Annual statistical returns and brief notes on vaccination in Bengal - 1896-1909
Year: 1896
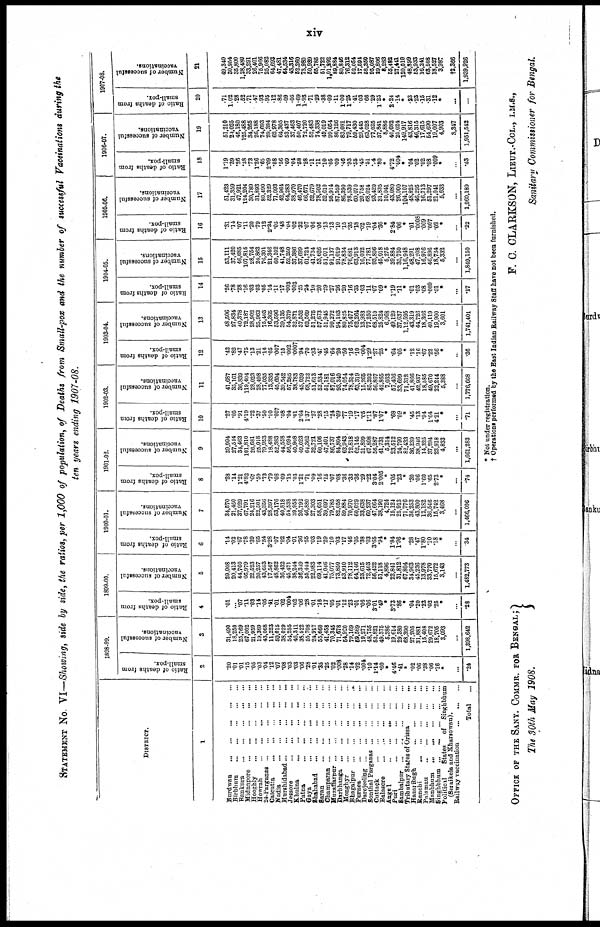
xiv
STATEMENT No. VI—Showing, side by side, the ratios, per 1,000 of population, of Deaths from Small-pox and the number of successful Vaccinations during the
ten years ending 1907-08.
DISTRICT.
1
Burdwan...
...
...
...
...
Birbhum...
...
...
...
...
Bankura...
...
...
...
...
Midnapore...
...
...
...
...
Hooghly...
...
...
...
...
Howrah...
...
...
...
...
24-Parganas...
...
...
...
...
Calcutta...
...
...
...
...
Nadia...
...
...
...
...
Murshidabad...
...
...
...
...
Jessore...
...
...
...
...
Khulna...
...
...
...
...
Patna...
...
...
...
...
Gaya...
...
...
...
...
Shahabad...
...
...
...
...
Saran...
...
...
...
...
Champaran... ... ... ... ...
Muzaffarpur...
...
...
...
...
Darbhanga...
...
...
...
...
Monghyr...
...
...
...
...
Bhagalpur...
...
...
...
...
Purnea...
...
...
...
...
Darejeeling...
...
...
...
...
Sonthal Parganas... ... ... ... ...
Cuttack...
...
...
...
...
Balasore...
...
...
...
...
Angel...
...
...
...
...
Puri...
...
...
...
...
Sambalpur...
...
...
...
...
Tributary States of Orissa... ...
Hazaribagh...
...
...
...
...
Ranchi...
...
...
...
...
Palamau...
...
...
...
...
Manbhum...
...
...
...
...
Singhbhum...
...
...
...
...
Political
States
of Singhbhum
(Seraikela and Kharsowan).
Railway vaccination... ... ... ... ...
Total...
1898-99.
Ratio of deaths from
small-pox.
2
.20
.01
.01
.15
.06
.03
.04
.12
.07
.08
.03
.08
.00
.28
.01
.35
.25
.02
.008
.28
.14
.02
.004
.10
1.14
.60
*
4.46
.41
*
.02
.06
.38
.06
.16
*
...
.24
Number of successful
vaccinations.
3
31,490
18,250
25,769
67,002
21,959
19,369
43,068
11,223
50,016
38,029
54,255
46,311
38,522
55,708
24,917
55,660
41,458
70,345
71,678
64,920
79,169
59,569
19,271
48,755
53,821
49,375
5,386
19,614
29,380
68,390
27,205
31,881
15,408
29,672
18,705
3,093
...
1,398,642
1899-00.
Ratio of deaths from
small-pox.
4
.01
... .07
.11
.03
.14
.05
.41
.01
.02
.004
.02
.02
.28
.01
.16
.17
.05
.01
.12
.23
.01
.06
.06
3.01
.49
*
3.73
.86
*
.04
.20
.23
.02
.25
*
...
.28
Number of successful
vaccinations.
5
29,908
20,413
44,760
66,979
22,523
20,257
43,653
17,567
48,862
36,432
46,471
38,244
36,349
55,444
22,983
69,114
41,046
75,077
73,850
53,910
78,112
64,146
23,615
72,403
56,422
51,118
4,896
22,841
31,812
67,804
34,963
45,236
13,978
33,770
15,672
3,143
...
1,482,773
1900-01.
Ratio of deaths from
small-pox.
6
.14
.02
.67
.78
.39
.65
.34
3.28
.07
.02
.04
.01
.36
.55
.03
.19
.29
.10
.03
.17
.46
.05
.38
.03
3.65
.94
*
1.84
1.96
*
.28
.47
1.80
.10
.18
*
...
34
Number of successful
vaccinations.
7
34,570
21,450
37,929
67,791
24,216
22,501
43,356
28,397
53,176
40,818
54,538
39,958
26,792
46,880
27,303
58,651
39,697
79,785
82,058
59,884
70,970
60,029
33,638
60,237
47,664
38,190
4,724
16,124
25,913
71,776
36,253
43,800
12,182
36,546
15,742
3,468
...
1,466,006
1901-02.
Ratio of deaths from
small-pox.
8
.28
.14
1.21
4.82
.67
.59
.73
.79
.08
.09
.15
.03
1.21
.71
.09
.16
.15
.07
.08
.36
.33
.36
.29
.22
3.04
2.005
*
1.05
.23
*
.30
.06
1.60
.65
2.73
*
...
.74
Number of successful
vaccinations.
9
39,994
27,514
34,463
101,810
26,681
25,018
79,953
18,488
52,383
44,558
56,094
40,908
49,023
64,362
32,721
60,106
47,401
86,737
84,804
63,943
72,818
62,145
31,899
67,808
56,287
41,731
5,314
23,512
24,790
82,433
36,239
38,946
14,326
37,294
23,918
4,833
...
1,661,283
1902-03.
Ratio of deaths from
small-pox.
10
.27
.05
.91
4.19
.22
.37
.50
.10
.007
.08
.04
.01
2.64
1.37
.27
.28
.15
.24
.09
.77
.19
.17
.05
1.11
.87
1.07
*
.68
.09
*
.45
.13
.94
1.64
4.21
*
...
.71
Number of successful
vaccinations.
11
41,687
35,161
36,839
119,404
28,023
28,498
77,035
13,335
45,604
39,542
57,285
38,783
45,039
68,722
51,613
52,534
51,181
87,016
93,340
74,054
78,314
63,319
15,266
85,203
56,867
42,865
7,033
57,406
33,699
71,312
41,866
42,937
18,585
49,670
22,244
5,388
...
1,776,668
1903-04.
Ratio of deaths from
small-pox.
12
.42
.82
.47
.75
.13
.21
.16
.05
.007
.15
.002
.0007
.94
.70
.33
.47
.45
.64
.20
.50
.16
.10
.004
1.29
.27
.25
*
.64
.05
*
.12
.16
.67
.22
.56
*
..
.36
Number of successful
vaccinations.
13
48,506
27,834
40,378
72,187
28,902
25,963
75,403
16,365
53,596
39,135
54,379
32,871
37,552
62,569
51,275
57,673
51,945
90,272
94,103
80,825
75,477
62,264
13,983
77,250
68,510
25,824
6,968
49,129
37,637
1,12,595
43,319
44,726
18,366
40,119
19,900
3,601
...
1,741,401
1904-05.
Ratio of deaths from
small-pox.
14
.26
.78
.28
.16
.03
.03
.05
.14
.11
.17
.003
.003
.25
.24
.10
.20
.29
.27
.26
.20
.16
.35
.03
.11
.07
.09
*
1.19
.11
*
.01
.03
.08
.009
.01
*
...
.17
Number of successful
vaccinations.
15
53,111
37,420
46,685
107,815
28,754
24,863
76,301
21,346
60,102
41,748
52,250
37,386
37,699
61,724
41,734
53,626
51,071
91,137
91,019
78,834
76,681
63,913
16,032
77,781
93,806
45,018
5,275
39,884
35,750
1,16,948
48,291
47,208
16,976
46,896
18,734
5,332
...
1,849,150
1905-06.
Ratio of deaths from
small-pox.
16
.31
.14
.07
.11
.20
.79
.12
2.34
.05
.48
.04
.02
.32
.07
.06
.06
.13
.13
.10
.15
.35
.18
.02
.19
.04
.36
*
2.84
.06
*
.01
.0008
.009
.007
.02
*
...
.22
Number of successful
vaccinations.
17
51,423
31,359
47,921
124,204
30,789
31,893
80,490
52,329
71,093
42,964
64,283
38,970
46,470
66,671
52,679
78,502
52,610
95,914
87,559
86,390
78,539
60,070
20,758
68,024
93,420
31,835
10,041
43,080
26,000
104,107
48,825
46,295
16,713
51,297
21,041
5,633
...
1,960,189
1906-07.
Ratio of deaths from
small-pox.
18
1.19
.39
.26
.38
.73
1.26
.65
2.09
.08
.56
.09
.04
.58
.28
.11
.11
.10
.05
.09
.46
.93
.55
.45
.51
.04
.80
*
4.72
.004
*
.04
.02
.02
.08
.009
*
...
.43
Number of successful
vaccinations.
19
51,210
24,025
46,180
125,488
34,265
26,188
74,693
29,394
62,978
64,305
53,437
37,463
50,407
72,720
52,483
74,338
49,019
99,054
80,126
83,081
79,717
59,430
29,445
63,028
77,025
37,841
8,886
40,682
25,024
149,917
43,816
46,315
17,615
54,690
19,007
4,903
3,347
1,951,542
1907-08.
Ratio of deaths from
small-pox.
20
.71
1.02
.28
.52
.71
.47
.93
.95
.12
.86
.09
.05
1.69
1.93
.71
.29
.38
.09
.11
1.00
1.25
.41
.03
.66
.29
1.25
*
2.24
.14
*
.23
.23
.15
.31
.12
*
...
...
Number of successful
vaccinations.
21
49,340
30,954
35,800
l,28,480
33,291
26,401
75,966
25,082
64,693
47,481
64,534
43,316
52,260
73,980
50,939
65,785
51,722
1,01,292
89,884
80,846
76,312
52,054
17,594
58,350
95,087
29,806
8,283
55,482
27,441
120,010
48,899
53,933
16,241
63,508
18,527
3,987
†2,366
1,939,926
* Not under registration.
† Operations performed by the East Indian Railway Staff have not been furnished.
OFFICE OF THE SANY. COMMR. FOR BENGAL;
The 30th May 1908.
F. C. CLARKSON, LIEUT .-COL., I.M.S.,
Sanitary Commissioner for Bengal.